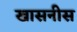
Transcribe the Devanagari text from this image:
खासनीस